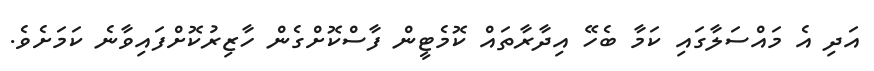
އަދި އެ މައްސަލާގައި ކަމާ ބެހޭ އިދާރާތައް ކޮމެޓީން ފާސްކޮށްގެން ހާޒިރުކޮށްފައިވާނެ ކަމަށެވެ.